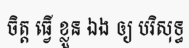
ចិត្ត ធ្វើ ខ្លួន ឯង ឲ្យ បរិសុទ្ធ